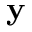
\mathbf { y }